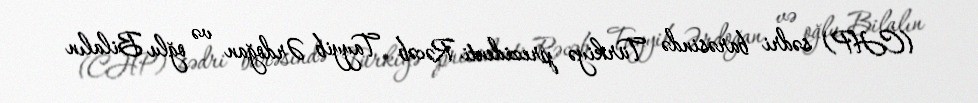
(CHP) sədri barəsində Türkiyə prezidenti Rəcəb Tayyib Ərdoğan və oğlu Bilalın